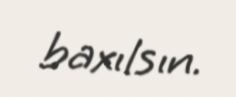
baxılsın.